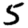
Digit: 5